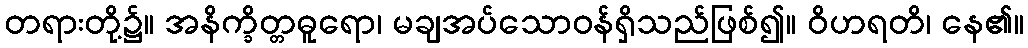
တရားတို့၌။ အနိက္ခိတ္တဓူရော၊ မချအပ်သောဝန်ရှိသည်ဖြစ်၍။ ဝိဟရတိ၊ နေ၏။